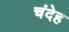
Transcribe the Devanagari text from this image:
चंदेह